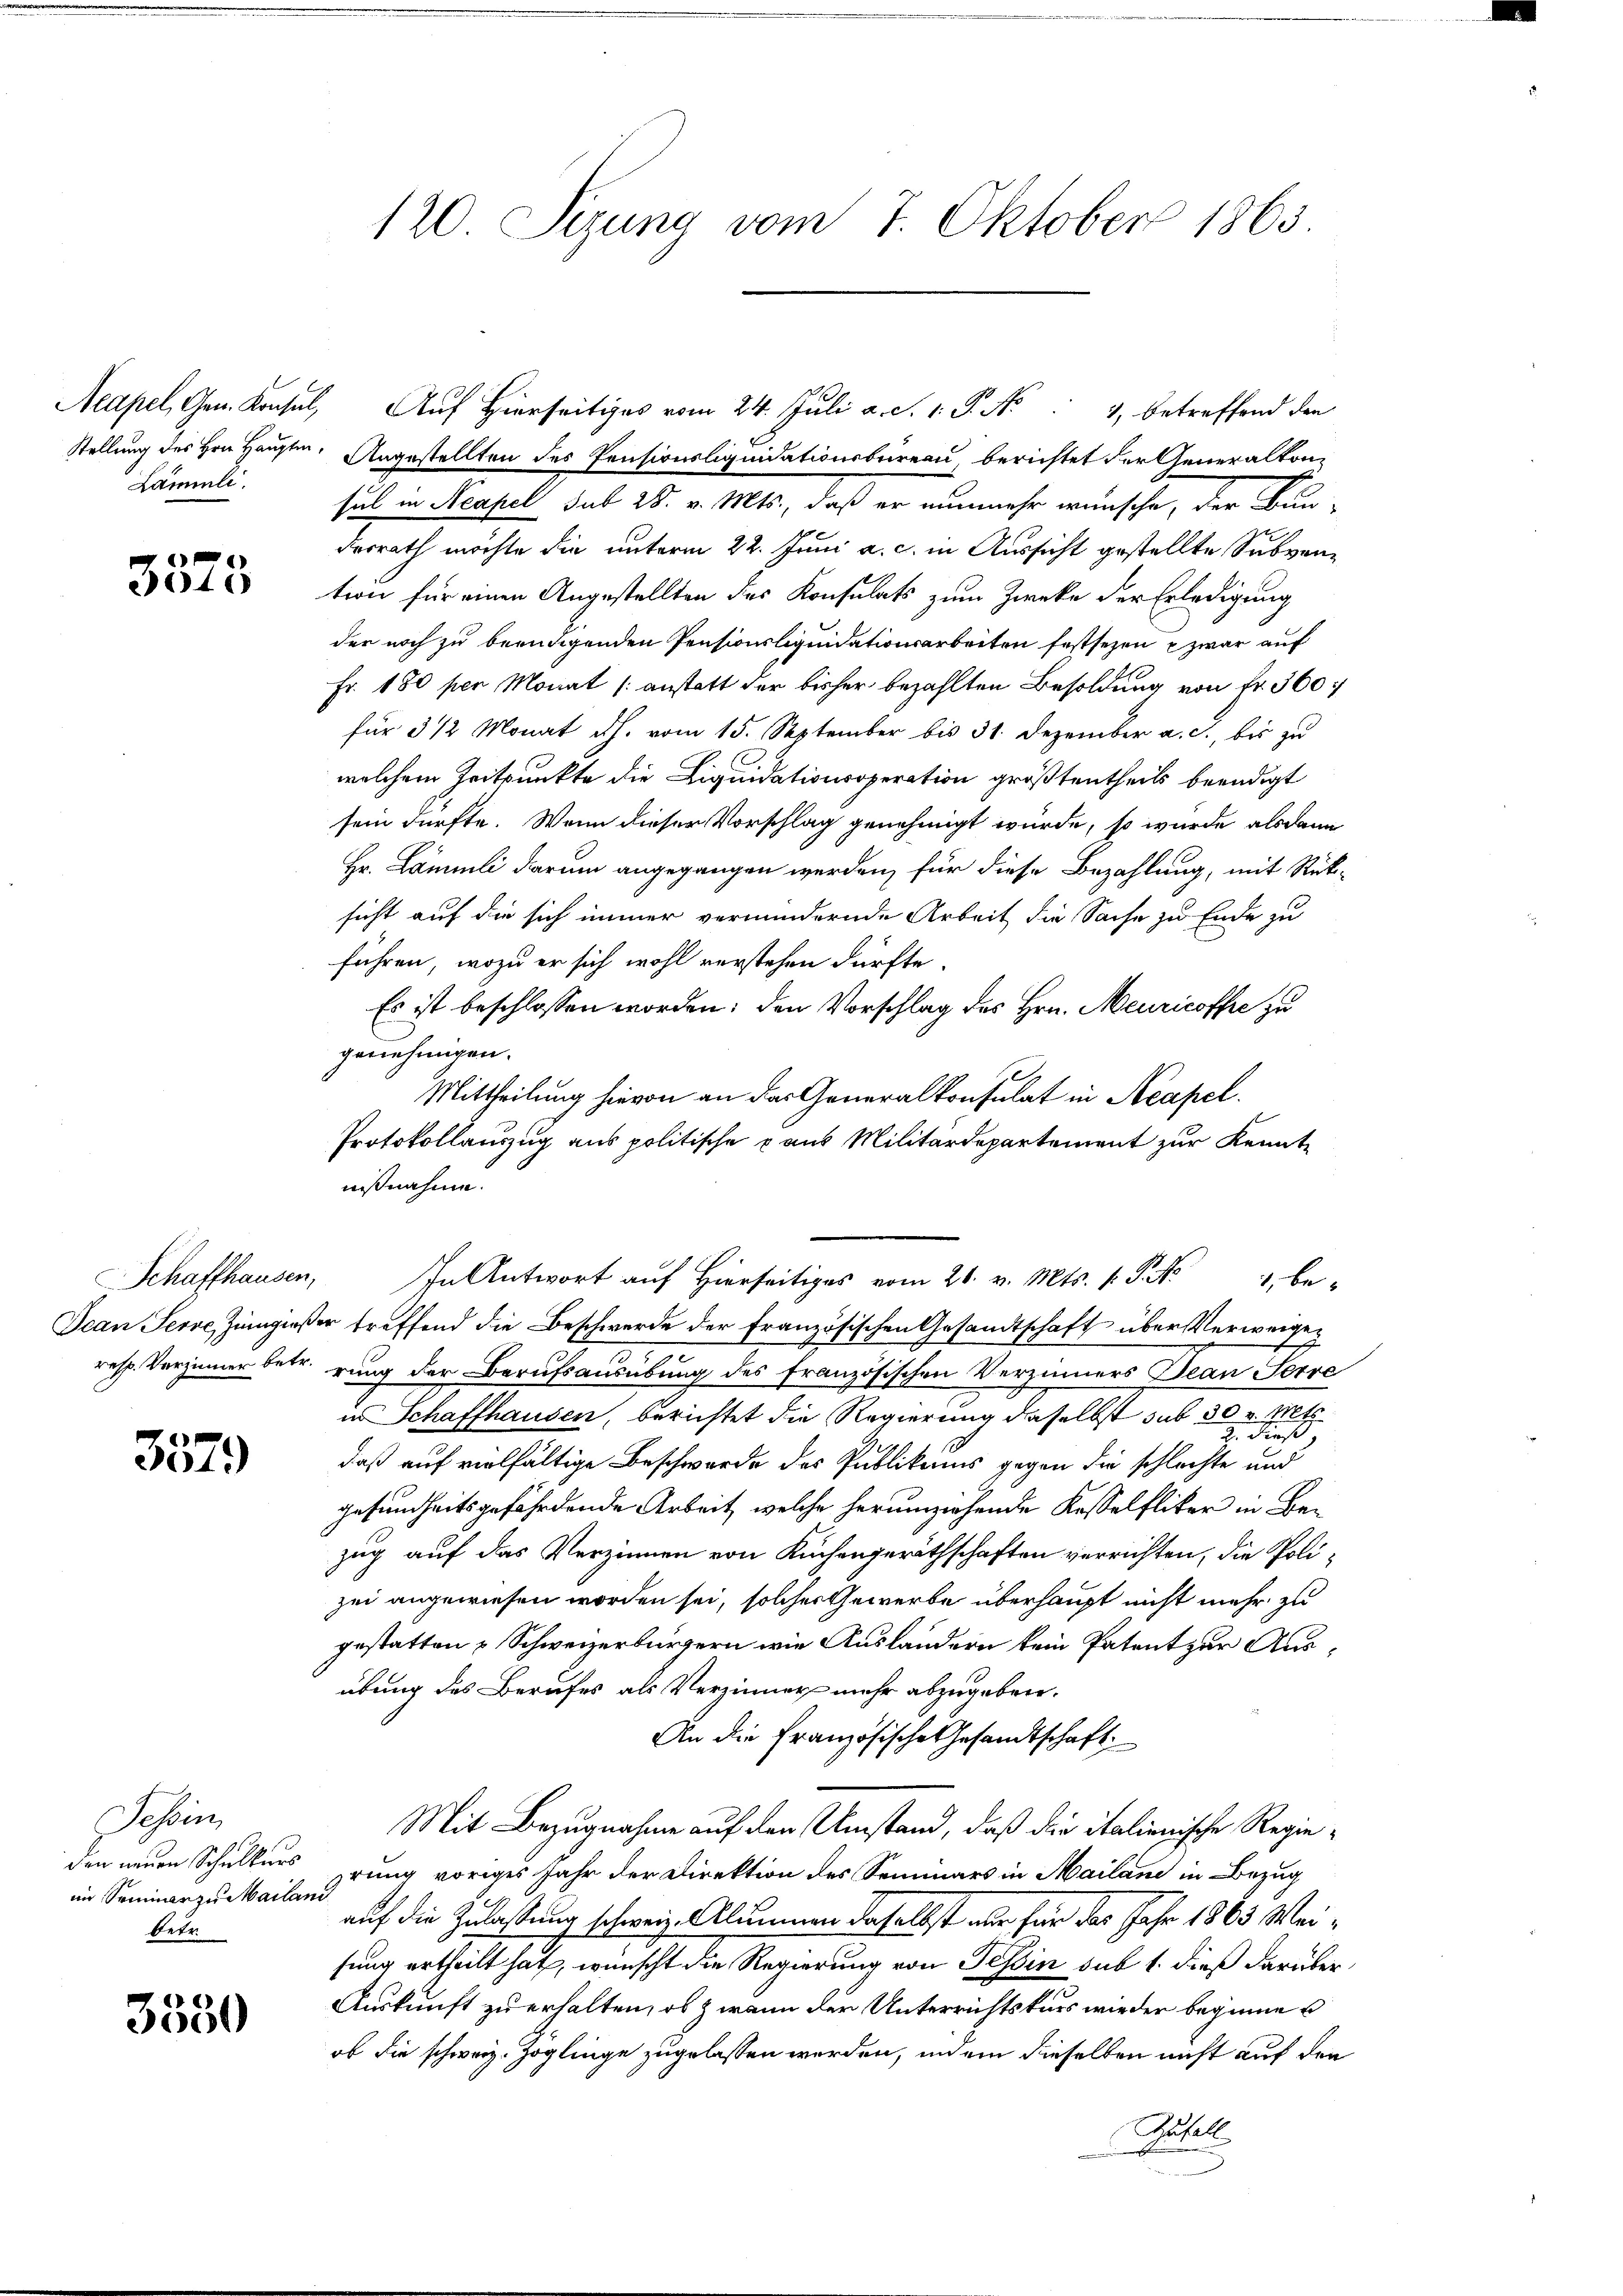
Lämmli

3573

357.

Tessin
den neuen Schulkurs
im Seminar zu Mailand
betr.

3550

120 Sizung vom 7. Oktober 1865

Acapel, Gem. Konsul, Auf Hierseitiges vom 24. Juli a. c. 1. P. Nr. 4, betreffend den
Stellung des Hrn. Hauptm. Angestellten des Pensionsliquidationsbüreau, berichtet der Generalkon-
sul in Neapel sub 28. v. Mts., daß er nunmehr wünsche, der Bun-
desrath möchte die unterm 22. Juni a. c. in Aussicht gestellte Subvention für einen Angestellten des Konsulats zum Zwecke der Erledigung
der noch zu beendigenden Pensionsliquidationsarbeiten festsezen u zwar auf
Fr. 180 per Monat (anstatt der bisher bezahlten Besoldung von Fr. 360.
für 3 1/2 Monat dh. vom 15. September bis 31. Dezember a. c., bis zu
welchem Zeitpunkte die Liquidationsoperation größtentheils beendigt
sein dürfte. Wenn dieser Vorschlag genehmigt würde, so wurde alsdann
Hr. Lämmli darum angegangen werden, für diese Bezahlung, mit Rüksicht auf die sich immer vermindernde Arbeit die Sache zu Ende zu
führen, wozu er sich wohl verstehen dürfte.
Es ist beschlossen worden; den Vorschlag des Hrn. Meuricoffe zu
genehmigen.
Mittheilung hievon an das Generalkonsulat in Acapel.
Protokollauszug aus politische aus Militärdepartement zur Kenntnißnahme.
Schaffhausen, In Antwort auf hierseits vom 21. v. Mts. s. S. 4 be-
Jean Serve, Zingießer treffend die Beschwerde der Französischen Gesandtschaft über Verweigeh
resp. Verzinner betr. rung der Berufsausübung des französischen Verzinners Jean Serre
i Schaffhausen, berichtet die Regierung daselbst sub 30 v. Mts
z. dies
daß auf vielfältige Beschwerde des Publikums gegen die schlachte und
gesundheitsgefährdende Arbeit, welche herumziehende Kesselfliker in Bezug auf das Verzinnen von Küchengeräthschaften verrichten, die Polizei angewiesen worden sei, solches Gewerbe überhaupt nicht mehr zu
gestatten Schweizerbürgern wie Auslandern kein Patent zur Ausübung des Berufes als Verzinner mehr abzugeben.
An die Französische Gesandtschaft
Mit Bezugnahme auf den Umstand, daß die italienische Regie-
irung voriges Jahr der Direktion des Seminars in Mailane in Bezug
auf die Zulassung schweiz. Alimmen daselbst nur für das Jahr 1863 Weifung ertheilt hat, wünscht die Regierung von Tessin sub 1. dieß darüber
Auskunft zu erhalten, ob zwann der Unterrichtskurs wieder beginne u
ob die schweiz. Zöglinge zugelassen werden, indem dieselben nicht auf den
Tutell